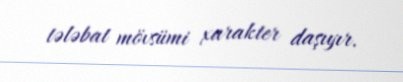
tələbat mövsümi xarakter daşıyır.